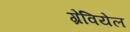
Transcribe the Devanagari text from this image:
ग्रेवियेल